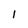
Character: 1